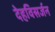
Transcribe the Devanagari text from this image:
देहविसर्जन